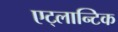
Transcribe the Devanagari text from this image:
एट्लान्टिक